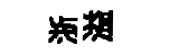
浙溢